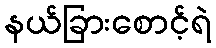
နယ်ခြားစောင့်ရဲ